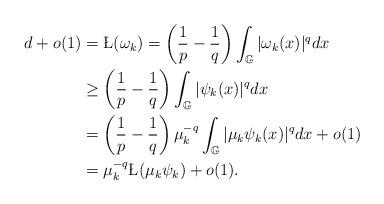
LaTeX: \begin{align*}d+o(1)&=\L(\omega_{k})=\left(\frac{1}{p}-\frac{1}{q}\right)\int_{\mathbb{G}}|\omega_{k}(x)|^{q}dx\\&\geq\left(\frac{1}{p}-\frac{1}{q}\right)\int_{\mathbb{G}}|\psi_{k}(x)|^{q}dx\\&=\left(\frac{1}{p}-\frac{1}{q}\right)\mu_{k}^{-q}\int_{\mathbb{G}}|\mu_{k}\psi_{k}(x)|^{q}dx+o(1)\\&=\mu_{k}^{-q}\L(\mu_{k}\psi_{k})+o(1).\end{align*}